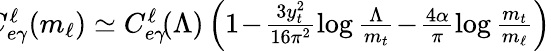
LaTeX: \begin{array}{r}{\! \! \! C_{e\gamma}^{\ell}(m_{\ell})\simeq C_{e\gamma}^{\ell}\! (\Lambda)\left(1\! -\! \frac{3y_{t}^{2}}{16\pi^{2}}\log\frac{\Lambda}{m_{t}}\! -\! \frac{4\alpha}{\pi}\log\frac{m_{t}}{m_{\ell}}\right)}\end{array}